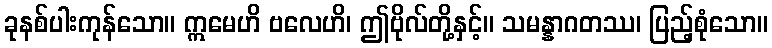
ခုနစ်ပါးကုန်သော။ ဣမေဟိ ဗလေဟိ၊ ဤဗိုလ်တို့နှင့်။ သမန္နာဂတဿ၊ ပြည့်စုံသော။